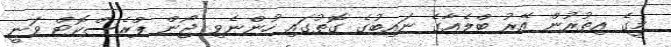
މީގެ އިތުރުން އޭރު ބްލެއާގެ ނައިބުގެ ގޮތުގައި ހުންނެވި ޖޯން ޕްރެސްކޮޓް ވަނީ